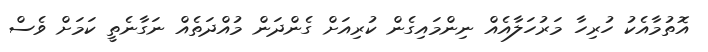
އޮތުމާއެކު ހުރިހާ މަރުހަލާއެއް ނިންމައިގެން ކުރިއަށް ގެންދަން މުއްދަތެއް ނަގާނެތީ ކަމަށް ވެސް